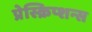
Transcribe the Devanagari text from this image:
प्रेस्क्रिप्शन्स